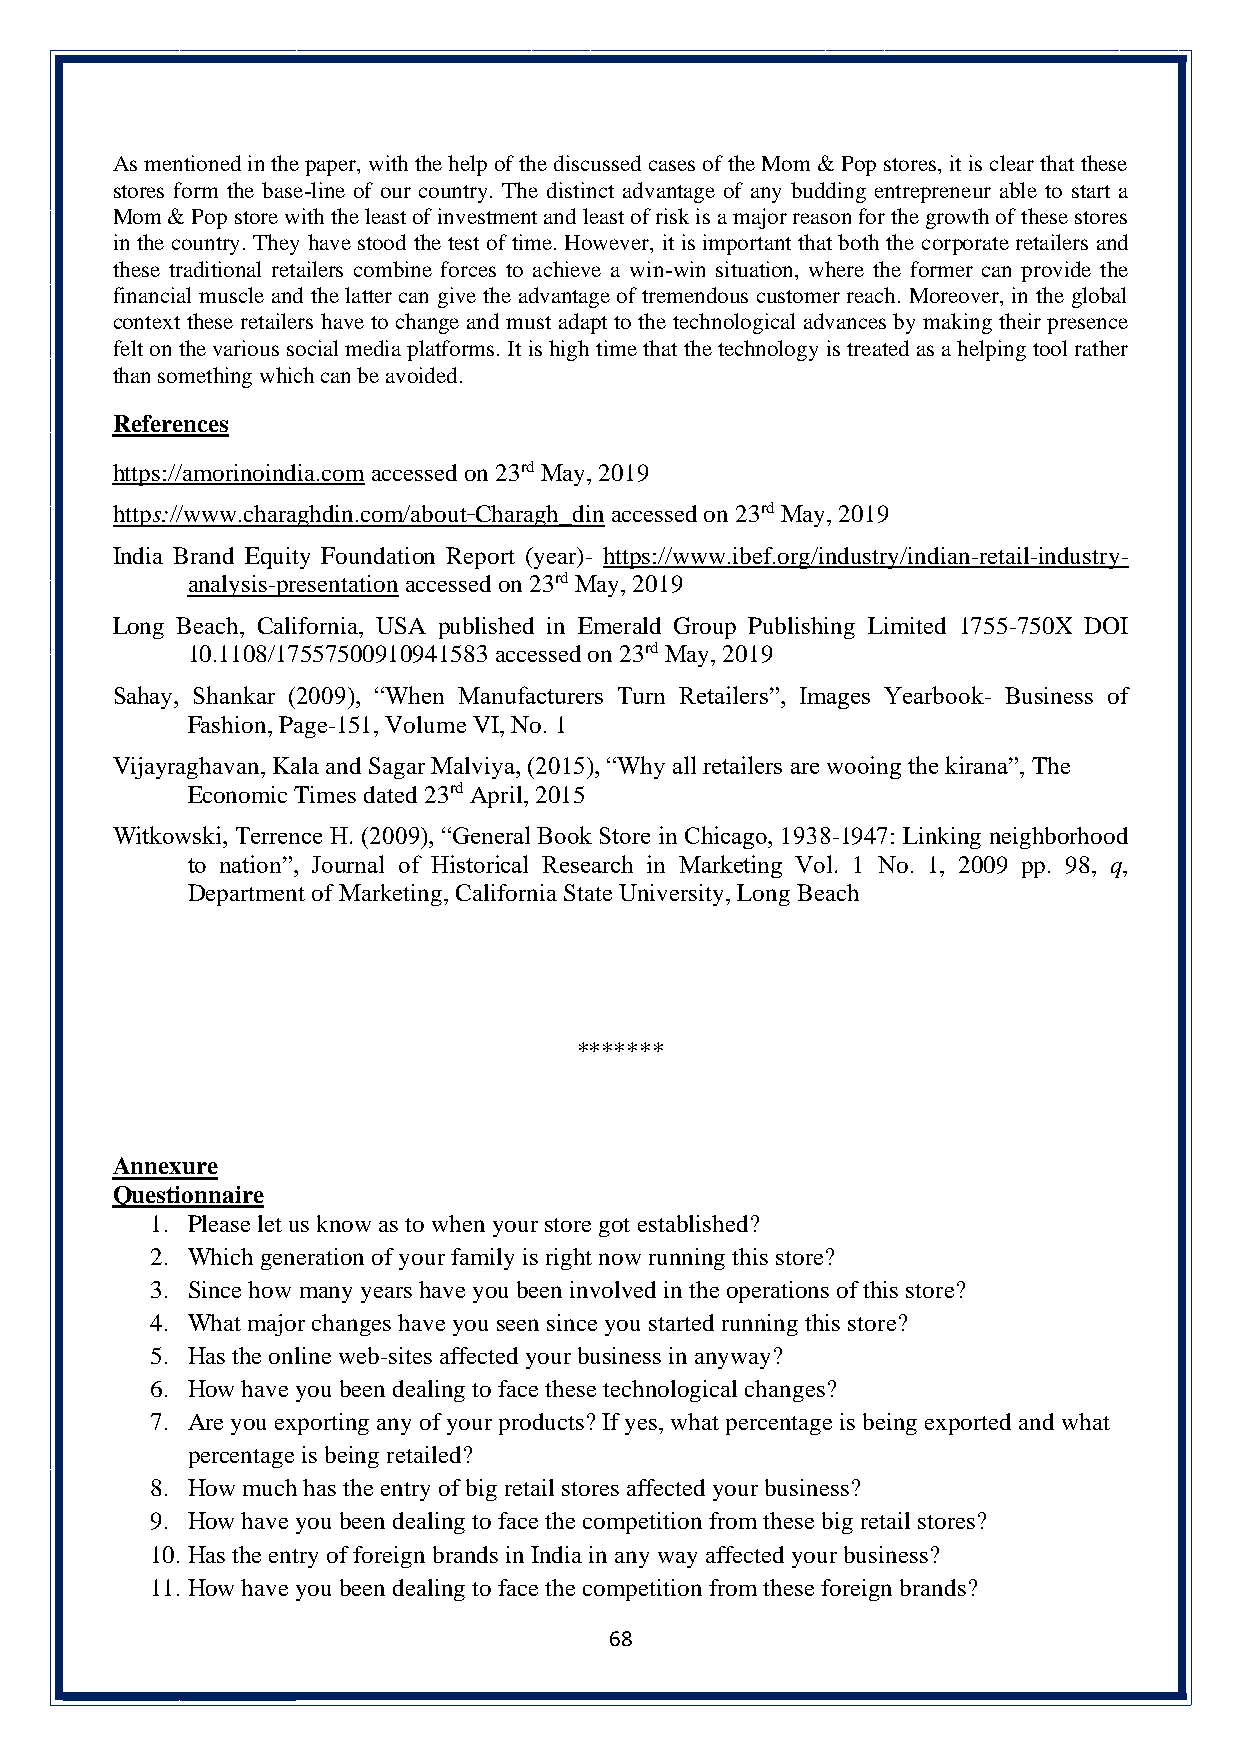
As mentioned in the paper, with the help of the discussed cases of the Mom & Pop stores, it is clear that these
 stores form the base-line of our country. The distinct advantage of any budding entrepreneur able to start a
 Mom & Pop store with the least of investment and least of risk is a major reason for the growth of these stores
 in the country. They have stood the test of time. However, it is important that both the corporate retailers and
 these traditional retailers combine forces to achieve a win-win situation, where the former can provide the
 financial muscle and the latter can give the advantage of tremendous customer reach. Moreover, in the global
 context these retailers have to change and must adapt to the technological advances by making their presence
 felt on the various social media platforms. It is high time that the technology is treated as a helping tool rather
 than something which can be avoided.
 References
 https://amorinoindia.com accessed on 23rd May, 2019
 https://www.charaghdin.com/about_Charagh_din accessed on 23rd May, 2019
 India Brand Equity Foundation Report (year)- https://www.ibef.org/industry/indian-retail-industry-
 analysis-presentation accessed on 23rd May, 2019
 Long Beach, California, USA published in Emerald Group Publishing Limited 1755-750X DOI
 10.1108/17557500910941583 accessed on 23rd May, 2019
 Sahay, Shankar (2009), “When Manufacturers Turn Retailers”, Images Yearbook- Business of
 Fashion, Page-151, Volume VI, No. 1
 Vijayraghavan, Kala and Sagar Malviya, (2015), “Why all retailers are wooing the kirana”, The
 Economic Times dated 23rd April, 2015
 Witkowski, Terrence H. (2009), “General Book Store in Chicago, 1938-1947: Linking neighborhood
 to nation”, Journal of Historical Research in Marketing Vol. 1 No. 1, 2009 pp. 98, q,
 Department of Marketing, California State University, Long Beach
 *******
 Annexure
 Questionnaire
 1. Please let us know as to when your store got established?
 2. Which generation of your family is right now running this store?
 3. Since how many years have you been involved in the operations of this store?
 4. What major changes have you seen since you started running this store?
 5. Has the online web-sites affected your business in anyway?
 6. How have you been dealing to face these technological changes?
 7. Are you exporting any of your products? If yes, what percentage is being exported and what
 percentage is being retailed?
 8. How much has the entry of big retail stores affected your business?
 9. How have you been dealing to face the competition from these big retail stores?
 10. Has the entry of foreign brands in India in any way affected your business?
 11. How have you been dealing to face the competition from these foreign brands?
 68